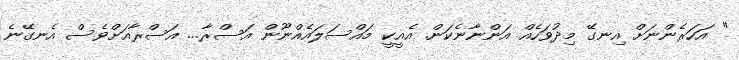
" އަހަރެންނަށް އިނގޭ މިދުވަހެއް އަންނާނެކަން. އެއީކީ މައްސަލައެއްނޫން އަސްރާ... އަސްރާއަށްވެސް އެނގޭނެ